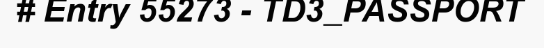
# Entry 55273 - TD3_PASSPORT